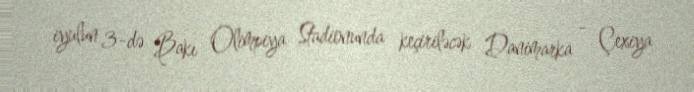
iyulun 3-də Bakı Olimpiya Stadionunda keçiriləcək Danimarka - Çexiya